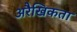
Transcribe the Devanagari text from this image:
अरैखिकता